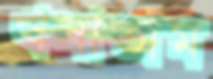
খসাতাম